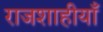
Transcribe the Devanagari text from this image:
राजशाहीयाँ